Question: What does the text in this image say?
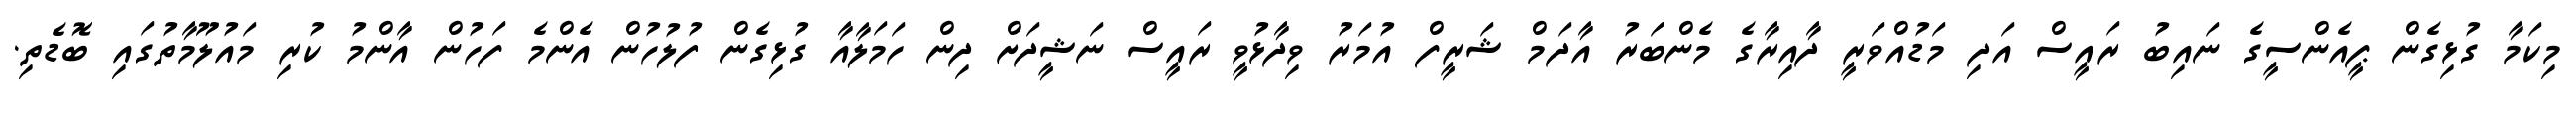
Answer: މިކަމާ ގުޅިގެން ޕީއެންސީގެ ނައިބު ރައީސް އަދި މަޑުއްވަރީ ދާއިރާގެ މެންބަރު އާދަމް ޝަރީފް އުމަރު ވިދާޅުވީ ރައީސް ނަޝީދަށް ދިން ހަމަލާއާ ގުޅިގެން ފުލުހުން އެންމެ ފަހުން އާންމު ކުރި މައުލޫމާތުގައި ބޮޑެތި.